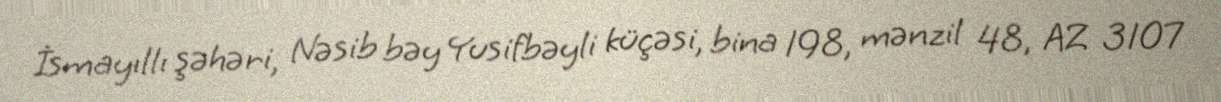
İsmayıllı şəhəri, Nəsib bəy Yusifbəyli küçəsi, bina 198, mənzil 48, AZ 3107